Sanitation, dispensaries and jails vaccination Rajputana 1922-1927 - 1922-1927
Year: 1922
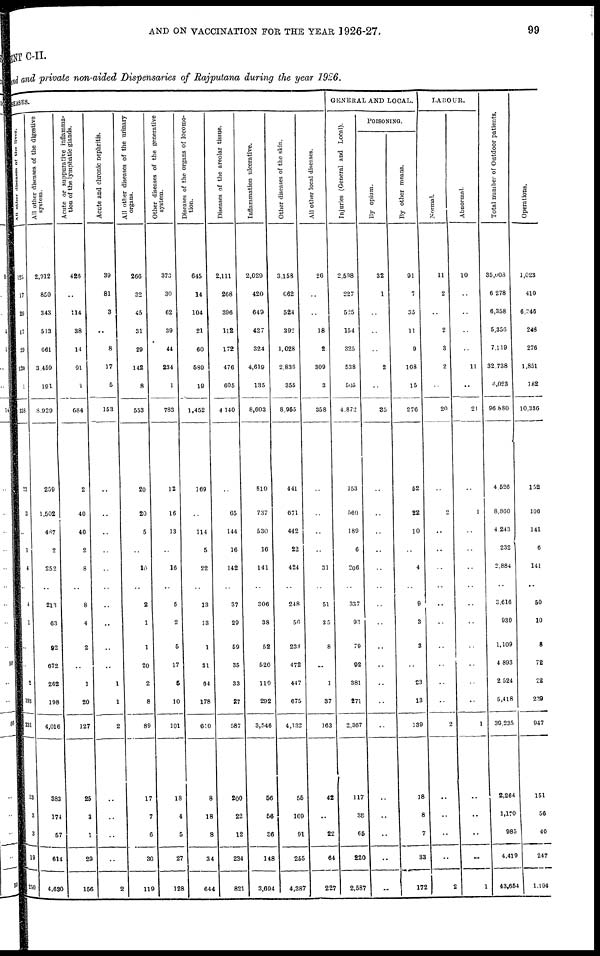
AND ON VACCINATION FOR THE YEAR 1926-27.
99
MENT C-II.
Fund and private non-aided Dispensaries of Rajputana during the year 1926.
DISEASES.
All
other diseases of the liver.
125
17
29
17
29
120
1
338
23
3
..
1
4
..
4
1
..
..
2
193
231
13
3
3
19
250
All other diseases of the digestive
system.
2,912
850
343
513
661
3,459
191
8,929
259
1,502
487
2
252
..
213
63
92
672
262
198
4,016
383
174
57
614
4,630
Acute or suppurative inflamma-
tion of the lymphatic glands.
426
..
114
38
14
91
1
684
2
40
40
2
8
..
8
4
2
..
1
20
127
25
3
1
29
156
Acute and chronic nephritis.
39
81
3
..
8
17
5
153
..
..
..
..
..
..
..
..
..
..
1
1
2
..
..
..
..
2
All other diseases of the urinary
organs.
266
32
45
31
29
142
8
553
20
20
5
..
10
..
2
1
1
20
2
8
89
17
7
6
30
119
Other diseases of the generative
system.
373
30
62
39
44
234
1
783
12
16
13
..
16
..
5
2
5
17
5
10
101
18
4
5
27
128
Diseases of the organs of locomo-
tion.
645
14
104
21
60
589
19
1,452
169
..
114
5
22
..
13
13
1
31
64
178
610
8
18
8
34
644
Diseases of the areolar tissue.
2,111
268
396
112
172
476
605
4,140
..
65
144
16
142
..
37
29
59
35
33
27
587
200
22
12
234
821
Inflammation ulcerative.
2,029
420
649
427
324
4,619
135
8,603
810
737
530
16
141
..
306
38
52
520
110
292
3,546
56
56
36
148
3,694
Other diseases of the skin.
3,158
662
524
392
1,028
2,836
355
8,955
441
671
442
22
424
..
248
56
234
472
447
675
4,132
55
109
91
255
4,387
All other local diseases.
26
..
..
18
2
309
3
358
..
..
..
..
31
..
51
35
8
..
1
37
163
42
..
22
64
227
GENERAL AND LOCAL.
Injuries (General and Local).
2,598
227
525
154
325
538
505
4,872
153
560
189
6
206
..
337
93
79
92
381
271
2,367
117
38
65
220
2,587
POISONING.
By opium.
32
1
..
..
..
2
..
35
..
..
..
..
..
..
..
..
..
..
..
..
..
..
..
..
..
..
By other means.
91
7
35
11
9
108
15
276
52
22
10
..
4
..
9
3
3
..
23
13
139
18
8
7
33
172
LABOUR.
Normal.
11
2
..
2
3
2
..
20
..
2
..
..
..
..
..
..
..
..
..
..
2
..
..
..
..
2
Abnormal.
10
..
..
..
..
11
..
21
..
1
..
..
..
..
..
..
..
..
..
..
1
..
..
..
..
1
Total number of Outdoor patients.
35,603
6,278
6,358
5,356
7,119
32,738
4,023
96,880
4,526
8,860
4,243
232
2,884
..
3,616
930
1,109
4,893
2,524
5,418
39,235
2,264
1,170
985
4,419
43,654
Operations.
1,023
410
6,246
248
276
1,851
182
10,336
152
106
141
6
141
..
50
10
8
72
22
239
947
151
56
40
247
1,194